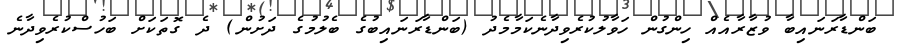
ބަންޑާރަނައިބާ ވުޒާރާއެއް ހިންގުން ހަވާލުކުރެވިދާނެކަމާމެދު (ބަންޑާރަނައިބުގެ ބެލުމުގެ ދަށުން) ދެ ގޮތަކަށް ބަހުސްކުރެވިދާނެ